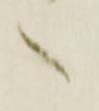
へ